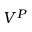
V ^ { P }